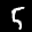
Label: 5